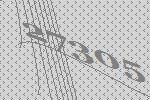
27305